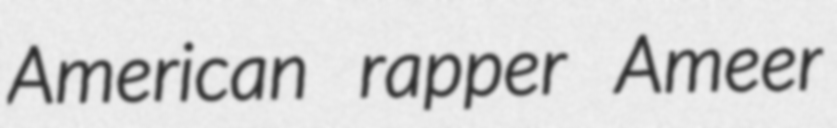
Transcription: American rapper Ameer